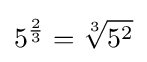
5^{\frac {2}{3}}={\sqrt[{3}]{5^{2}}}